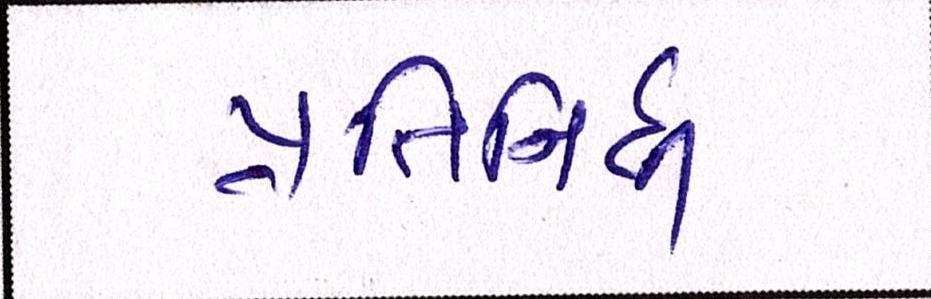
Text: પ્રતિનિધી